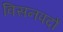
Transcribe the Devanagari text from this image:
विसनपदों